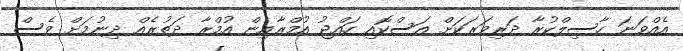
އެއްވަނަ ހާސިލްކުރާ ދަރިވަރަކަށް އަސްކޮއި ހައްޖު އުމްރާއިން އުމްރާ ދަތުރެއް ދިނުމަށް ވެސް